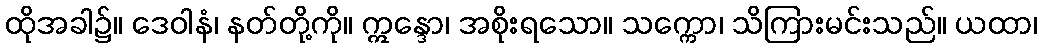
ထိုအခါ၌။ ဒေဝါနံ၊ နတ်တို့ကို။ ဣန္ဒော၊ အစိုးရသော။ သက္ကော၊ သိကြားမင်းသည်။ ယထာ၊